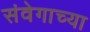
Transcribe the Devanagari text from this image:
संवेगाच्या